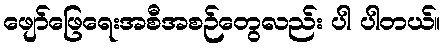
ဖျော်ဖြေရေးအစီအစဉ်တွေလည်း ပါ ပါတယ်။